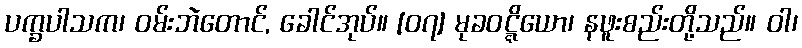
ပက္ခပါသက၊ ဝမ်းဘဲတောင်, ခေါင်အုပ်။ [၀၇] မုခဝဋ္ဋိယော၊ နဖူးစည်းတို့သည်။ ဝါ၊